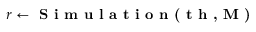
r \leftarrow \textbf { S i m u l a t i o n ( t h , M ) }